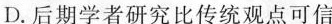
D.后期学者研究比传统观点可信